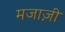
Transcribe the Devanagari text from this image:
मजाज़ी